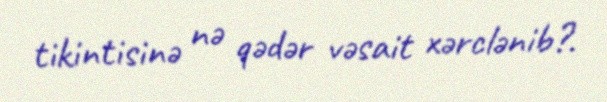
tikintisinə nə qədər vəsait xərclənib?.